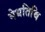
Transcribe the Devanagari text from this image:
मेधतिथि